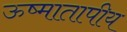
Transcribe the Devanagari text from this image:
ऊष्मातापीय